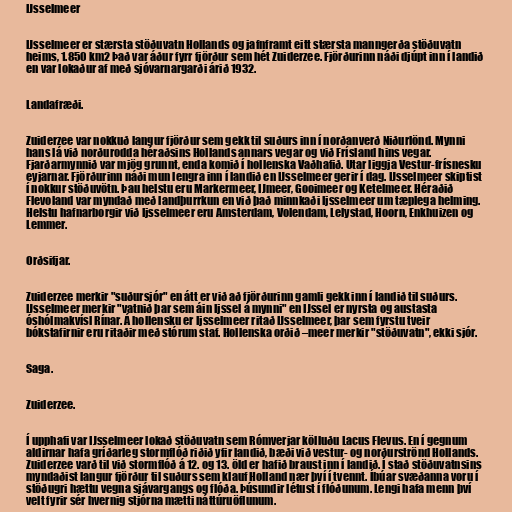
IJsselmeer

IJsselmeer er stærsta stöðuvatn Hollands og jafnframt eitt stærsta manngerða stöðuvatn
heims, 1.850 km2 Það var áður fyrr fjörður sem hét Zuiderzee. Fjörðurinn náði djúpt inn í landið
en var lokaður af með sjóvarnargarði árið 1932.

Landafræði.

Zuiderzee var nokkuð langur fjörður sem gekk til suðurs inn í norðanverð Niðurlönd. Mynni
hans lá við norðurodda héraðsins Hollands annars vegar og við Frísland hins vegar.
Fjarðarmynnið var mjög grunnt, enda komið í hollenska Vaðhafið. Utar liggja Vestur-frísnesku
eyjarnar. Fjörðurinn náði mun lengra inn í landið en IJsselmeer gerir í dag. IJsselmeer skiptist
í nokkur stöðuvötn. Þau helstu eru Markermeer, IJmeer, Gooimeer og Ketelmeer. Héraðið
Flevoland var myndað með landþurrkun en við það minnkaði Ijsselmeer um tæplega helming.
Helstu hafnarborgir við Ijsselmeer eru Amsterdam, Volendam, Lelystad, Hoorn, Enkhuizen og
Lemmer.

Orðsifjar.

Zuiderzee merkir "suðursjór" en átt er við að fjörðurinn gamli gekk inn í landið til suðurs.
IJsselmeer merkir "vatnið þar sem áin Ijssel á mynni" en IJssel er nyrsta og austasta
óshólmakvísl Rínar. Á hollensku er Ijsselmeer ritað IJsselmeer, þar sem fyrstu tveir
bókstafirnir eru ritaðir með stórum staf. Hollenska orðið –meer merkir "stöðuvatn", ekki sjór.

Saga.

Zuiderzee.

Í upphafi var IJsselmeer lokað stöðuvatn sem Rómverjar kölluðu Lacus Flevus. En í gegnum
aldirnar hafa gríðarleg stormflóð riðið yfir landið, bæði við vestur- og norðurströnd Hollands.
Zuiderzee varð til við stormflóð á 12. og 13. öld er hafið braust inn í landið. Í stað stöðuvatnsins
myndaðist langur fjörður til suðurs sem klauf Holland nær því í tvennt. Íbúar svæðanna voru í
stöðugri hættu vegna sjávargangs og flóða. Þúsundir létust í flóðunum. Lengi hafa menn því
velt fyrir sér hvernig stjórna mætti náttúruöflunum.